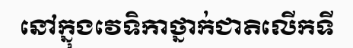
នៅក្នុងវេទិកាថ្នាក់ជាតិលើកទី